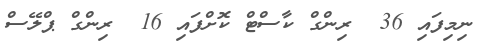
ނިމިފައި 36  ރިންގް ކާސްޓް ކޮށްފައި 16  ރިންގް ޕްލޭސް